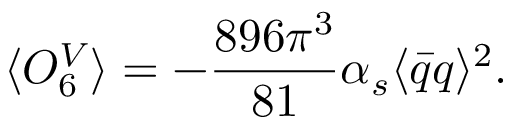
\langle { \cal O } _ { 6 } ^ { V } \rangle = - \frac { 8 9 6 \pi ^ { 3 } } { 8 1 } \alpha _ { s } \langle \bar { q } q \rangle ^ { 2 } .